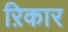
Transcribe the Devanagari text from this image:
ऱिकार